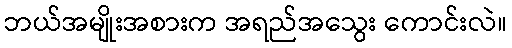
ဘယ်အမျိုးအစားက အရည်အသွေး ကောင်းလဲ။